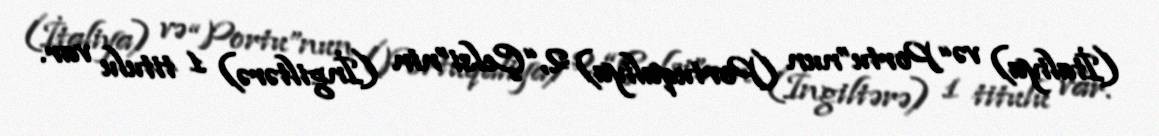
(İtaliya) və “Portu”nun (Portuqaliya) 2, “Çelsi”nin (İngiltərə) 1 titulu var.